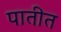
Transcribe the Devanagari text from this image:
पातीत